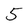
Character: 5